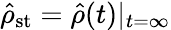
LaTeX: {\hat{\rho}}_{\mathrm{st}}={\hat{\rho}}(t)|_{t=\infty}